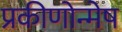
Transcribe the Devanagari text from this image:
प्रकीणोन्मेष